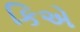
કિએ